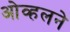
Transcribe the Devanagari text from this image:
ओव्हलने